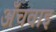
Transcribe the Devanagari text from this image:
अँचवाइ